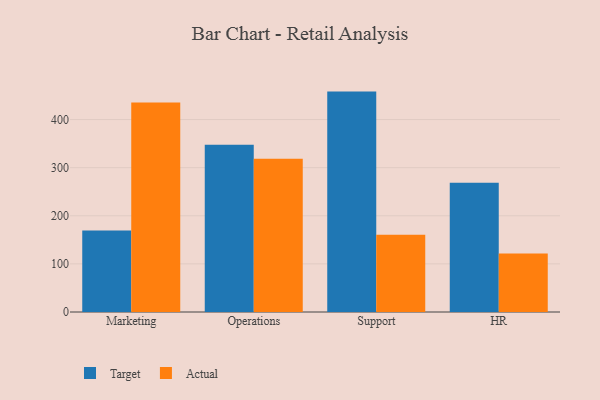
{"axis": {"x": "Department", "y": "Humidity (%)"}, "legend": ["Actual", "Target"], "data": [{"x": "Marketing", "y": 169.5, "type": "Target"}, {"x": "Marketing", "y": 435.2, "type": "Actual"}, {"x": "Operations", "y": 347.4, "type": "Target"}, {"x": "Operations", "y": 318.7, "type": "Actual"}, {"x": "Support", "y": 458.1, "type": "Target"}, {"x": "Support", "y": 160.4, "type": "Actual"}, {"x": "HR", "y": 268.7, "type": "Target"}, {"x": "HR", "y": 121.4, "type": "Actual"}]}